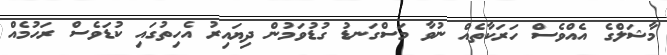
މާޝަލްގެ އެއްވެސް ހަރަކާތެއް ނުވާ މަސްގަނޑު ގުޑުވަމުން ދިޔައިރު އެހިތުގައި ކުޑަވެސް ރަހުމެއް